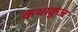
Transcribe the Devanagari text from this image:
कथाकुंज